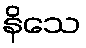
နိသေ